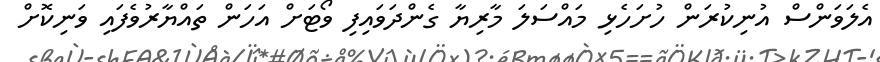
އެލަވަންސް އުނިކުރަން ހުށަހެޅި މައްސަލަ މާރިޔާ ގެންދަވައިފި ވޯޓަށް އަހަން ތައްޔާރުވެފައި ވަނިކޮށް